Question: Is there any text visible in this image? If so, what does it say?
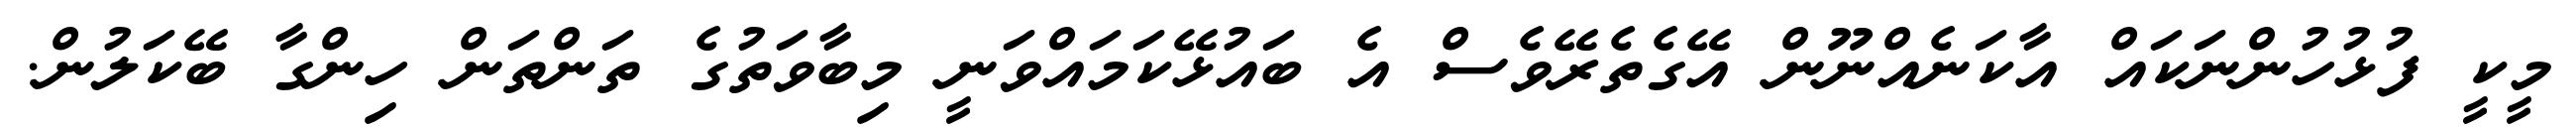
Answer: މީކީ ފުޅުހުންނަކައް އާކަނެއްނޫން އޭގެތެރޭވެސް އެ ބައުޅޭކަމައްވަނީ މިބާވަތުގެ ތަންތަން ހިންގާ ބޭކަލުން.